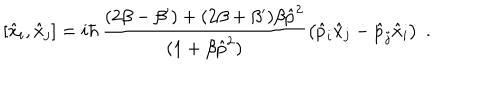
LaTeX: [ \hat { x } _ { i } , \hat { x } _ { j } ] = i \hbar \, \frac { ( 2 \beta - \beta ^ { \prime } ) + ( 2 \beta + \beta ^ { \prime } ) \beta \hat { p } ^ { 2 } } { ( 1 + \beta \hat { p } ^ { 2 } ) } \left( \hat { p } _ { i } \hat { x } _ { j } - \hat { p } _ { j } \hat { x } _ { i } \right) \; .